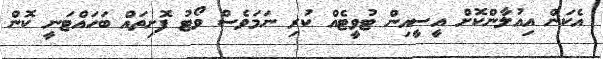
އެކަން އިއުލާންކޮށް އީސީއިން ޓުވީޓެއް ކުރި ނަމަވެސް ވޯޓު ފޮށިތައް ބަހައްޓަނީ ކޮން